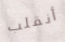
أنقلب